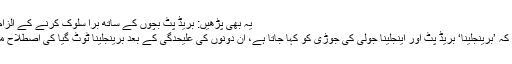
یہ بھی پڑھیں: بریڈ پٹ بچوں کے ساتھ بُرا سلوک کرنے کے الزام سے بری
خیال رہے کہ ’برینجلینا‘ بریڈ پٹ اور اینجلینا جولی کی جوڑی کو کہا جاتا ہے، ان دونوں کی علیحدگی کے بعد برینجلینا ٹوٹ گیا کی اصطلاح مقبول ہوئی۔